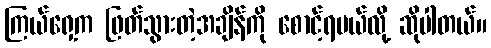
ကြယ်ရှေ့က ဖြတ်သွားတဲ့အချိန်ကို စောင့်ရမယ်လို့ ဆိုပါတယ်။